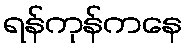
ရန်ကုန်ကနေ